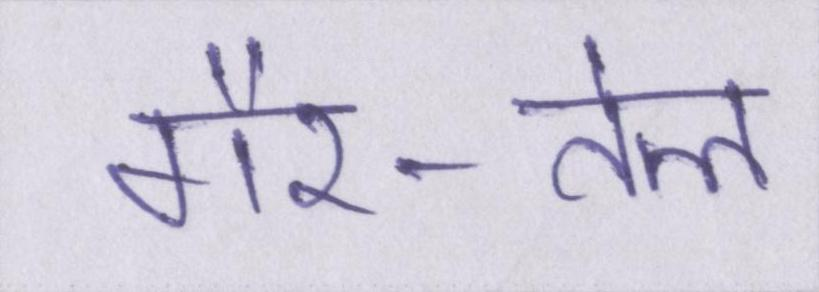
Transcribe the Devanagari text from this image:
गैर-तेल